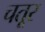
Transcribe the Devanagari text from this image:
चतूर